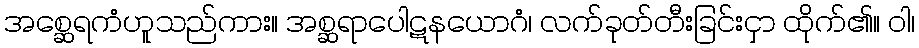
အစ္ဆေရကံဟူသည်ကား။ အစ္ဆရာပေါဋနယောဂံ၊ လက်ခုတ်တီးခြင်းငှာ ထိုက်၏။ ဝါ၊